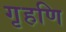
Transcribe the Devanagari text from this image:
गृहणि